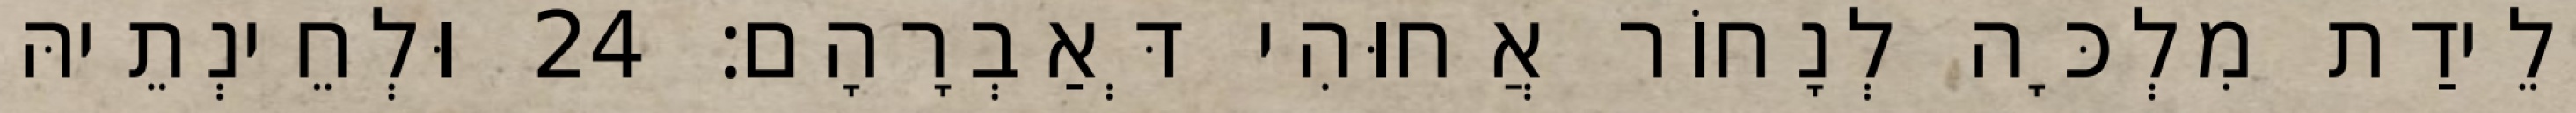
יְלֵידַת מִלְכָּה לְנָחוֹר אֲחוּהִי דְּאַבְרָהָם׃ 24 וּלְחֵינְתֵיהּ